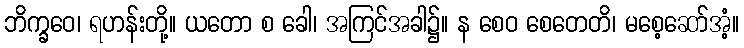
ဘိက္ခဝေ၊ ရဟန်းတို့။ ယတော စ ခေါ၊ အကြင်အခါ၌။ န စေဝ စေတေတိ၊ မစေ့ဆော်အံ့။